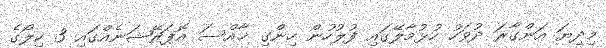
މިދިޔަ އަންގާރަ ދުވަހު ހުޅުމާލޭގައި ފުލުހުން ހިންގި ޚާއްސަ އޮޕަރޭޝަނެއްގައި 3 ކިލޯގެ